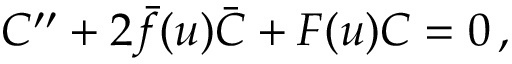
C ^ { \prime \prime } + 2 \bar { f } ( u ) \bar { C } + F ( u ) C = 0 \, ,